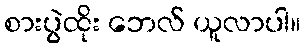
စားပွဲထိုး ဘေလ် ယူလာပါ။